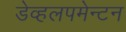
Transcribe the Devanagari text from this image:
डेव्हलपमेन्टन